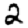
Digit: 2